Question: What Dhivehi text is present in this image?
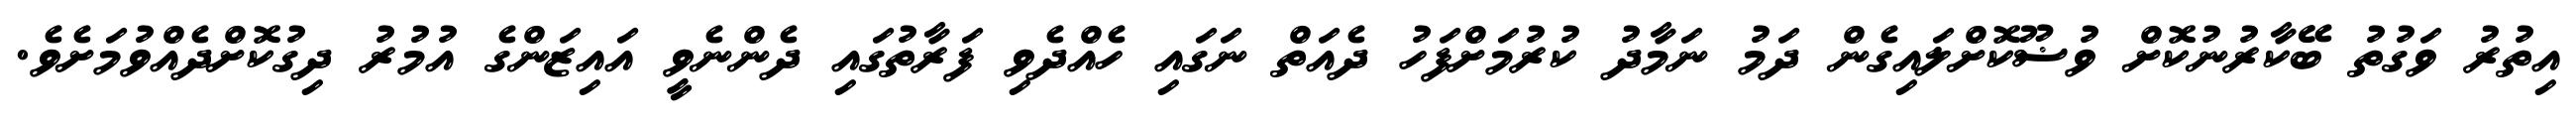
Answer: އިތުރު ވަގުތު ބޭކާރުނުކޮށް ވުޟޫކޮށްލައިގެން ދަމު ނަމާދު ކުރުމަށްފަހު ދެއަތް ނަގައި ހެއްދެވި ފަރާތުގައި ދެންނެވީ އައިޒަންގެ އުމުރު ދިގުކޮށްދެއްވުމަށެވެ.